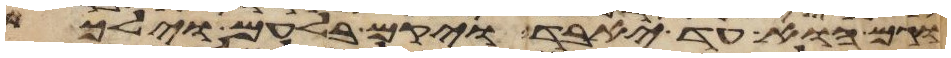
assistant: וגם הוא עד יאבד ויקם בלעם וילך